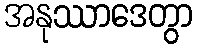
အနုဿာဒေတွာ